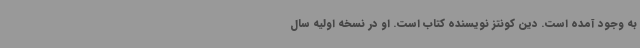
به وجود آمده است. دین کونتز نویسنده کتاب است. او در نسخه اولیه سال